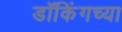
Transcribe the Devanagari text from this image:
डॉकिंगच्या